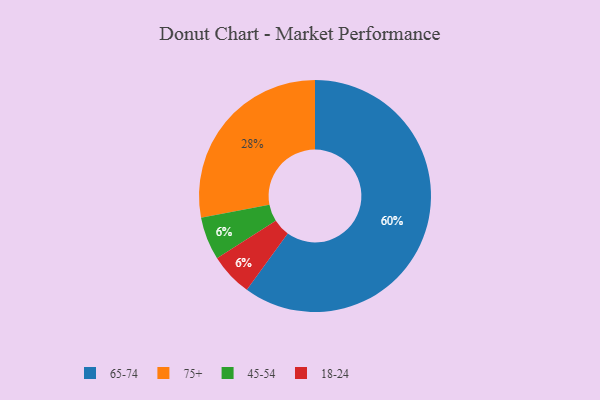
{"axis": {"x": "Category", "y": "Percentage"}, "legend": ["18-24", "45-54", "65-74", "75+"], "data": [{"x": "65-74", "y": 60, "type": "65-74"}, {"x": "75+", "y": 28, "type": "75+"}, {"x": "45-54", "y": 6, "type": "45-54"}, {"x": "18-24", "y": 6, "type": "18-24"}]}